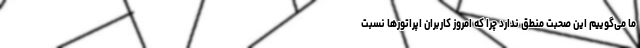
ما می‌گوییم این صحبت منطق ندارد چرا که امروز کاربران اپراتورها نسبت